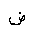
Letter: _dad